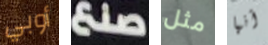
أوبي صنع مثل أنها